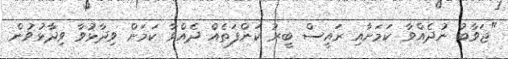
"ޖަވާބު ނުދެއްވާ ކަމަށާއި ރައީސް ބީރު ކަންފަތެއް ދެއްވާ ކަމަށް ވިދާޅުވާ ވިދާޅުވުން